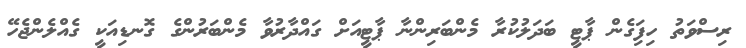
ރިސްވަތު ހިފަިގެން ޕާޓީ ބަދަލުކުރާ މެންބަރިންނާ ޕާޓީއަށް ގައްދާރުވާ މެންބަރުންގެ ގޮނޑިއަކީ ގެއްލެންޖެހޭ